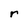
Character: r